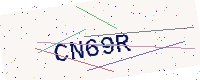
Text: CN69R